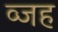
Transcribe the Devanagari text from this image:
व्जह